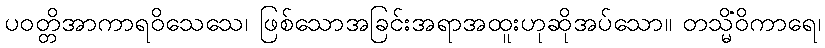
ပဝတ္တိအာကာရဝိသေသေ၊ ဖြစ်သောအခြင်းအရာအထူးဟုဆိုအပ်သော။ တသ္မိံဝိကာရေ၊